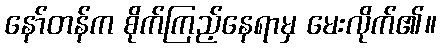
နော်တန်က စိုက်ကြည့်နေရာမှ မေးလိုက်၏။